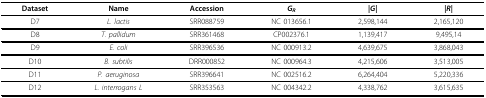
<table><thead><tr><td><b>Dataset</b></td><td><b>Name</b></td><td><b>Accession</b></td><td><b><i>G<sub>R</sub></i></b></td><td><b>|<i>G</i>|</b></td><td><b>|<i>R</i>|</b></td></tr></thead><tbody><tr><td>D7</td><td><i>L. lactis</i></td><td>SRR088759</td><td>NC 013656.1</td><td>2,598,144</td><td>2,165,120</td></tr><tr><td>D8</td><td><i>T. pallidum</i></td><td>SRR361468</td><td>CP002376.1</td><td>1,139,417</td><td>9,495,14</td></tr><tr><td>D9</td><td><i>E. coli</i></td><td>SRR396536</td><td>NC 000913.2</td><td>4,639,675</td><td>3,868,043</td></tr><tr><td>D10</td><td><i>B. subtilis</i></td><td>DRR000852</td><td>NC 000964.3</td><td>4,215,606</td><td>3,513,005</td></tr><tr><td>D11</td><td><i>P. aeruginosa</i></td><td>SRR396641</td><td>NC 002516.2</td><td>6,264,404</td><td>5,220,336</td></tr><tr><td>D12</td><td><i>L. interrogans L</i></td><td>SRR353563</td><td>NC 004342.2</td><td>4,338,762</td><td>3,615,635</td></tr></tbody></table>